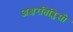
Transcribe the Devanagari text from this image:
अक्षरतिब्लिसी